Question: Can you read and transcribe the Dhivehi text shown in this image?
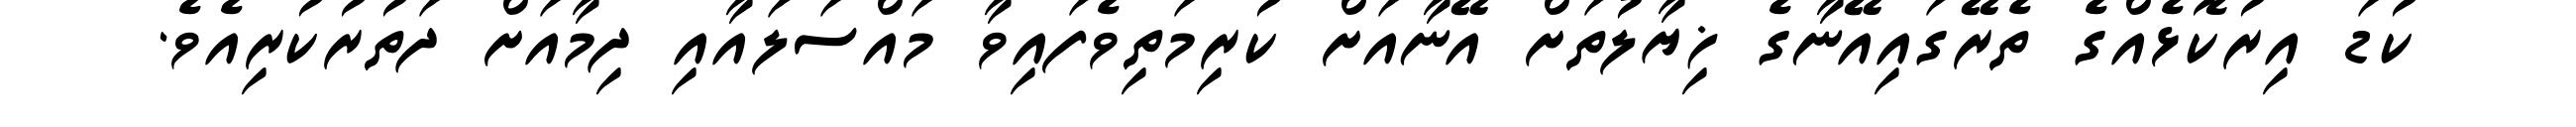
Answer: ކުޑަ އިރުކޮޅެއްގެ ތެރޭގައިއޭނާގެ ޚިޔާލުތަށް އޭނާއަށް ކުރިމަތިވެފައިވާ މައްސަލައާއި ދިމާއަށް ދަތުރުކުރިއެވެ.